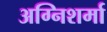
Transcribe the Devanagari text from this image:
अग्निशर्मा